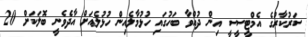
ސަރުކާރުގެ އެމްޓީސީސީ އިން ދުއްވާ ބަހުގައި ހުޅުމާލެއިން ހުޅުލެއަށް އާދެވެނީ ބޮލަކަށް 20